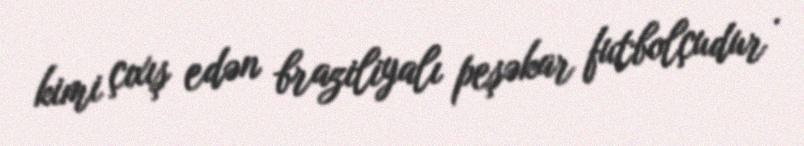
kimi çıxış edən braziliyalı peşəkar futbolçudur .